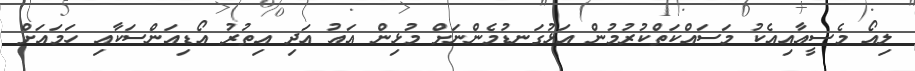
ލިއޯ މެސީއާއިއެކު މަސައްކަތްކުރުމުން އަޅުގަނޑުމެންނަށް މުޅިން އައު އަދި އިތުރު އޯޑިއަންސަކާއި ހަމައަށް